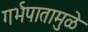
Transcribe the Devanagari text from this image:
गर्भपातामुळे